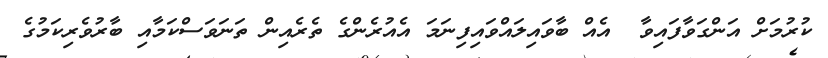
ކުރުމަށް އަންގަވާފައިވާ  އެއް ބާވައިލައްވައިފިނަމަ އެއުރެންގެ ތެރެއިން ތަނަވަސްކަމާއި ބާރުވެރިކަމުގެ